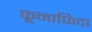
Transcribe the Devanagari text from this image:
कूनाफिदा